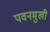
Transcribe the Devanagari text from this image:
पवनमुखी